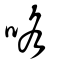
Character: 咯